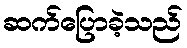
ဆက်ပြောခဲ့သည်